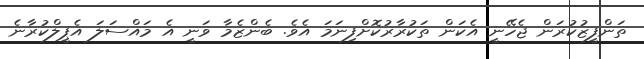
ތަންފީޒުުކުރަން ޖެހޭނީ އެކަން ތަކުރާރުކޮށްފިނަމަ އެވެ. ބެންޒެމާ ވަނީ އެ މައްސަލަ އެޕީލްކުރާނެ